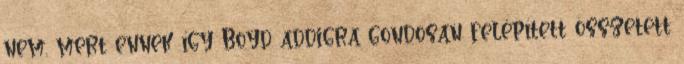
nem, mert ennek így Boyd addigra gondosan felépített összetett